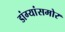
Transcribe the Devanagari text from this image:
डांग्यांसमोर